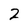
Character: 2